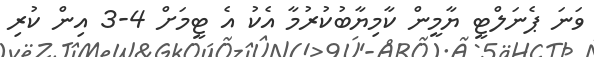
ވަނަ ޕެނަލްޓީ ޔާމީން ކާމިޔާބުކުރުމާ އެކު އެ ޓީމަށް 4-3 އިން ކުރި